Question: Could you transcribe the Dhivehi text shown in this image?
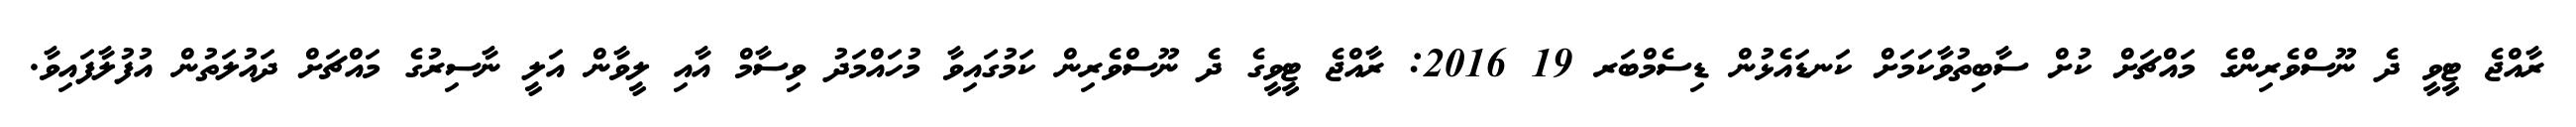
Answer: ރާއްޖެ ޓީވީ ދެ ނޫސްވެރިންގެ މައްޗަށް ކުށް ސާބިތުވާކަމަށް ކަނޑައެޅުން ޑިސެމްބަރ 19 2016: ރާއްޖެ ޓީވީގެ ދެ ނޫސްވެރިން ކަމުގައިވާ މުހައްމަދު ވިސާމް އާއި ލީވާން އަލީ ނާސިރުގެ މައްޗަށް ދައުލަތުން އުފުލާފައިވާ.